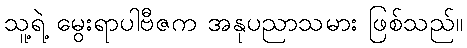
သူ့ရဲ့ မွေးရာပါဗီဇက အနုပညာသမား ဖြစ်သည်။